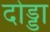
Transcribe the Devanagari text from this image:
दोड्डा